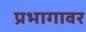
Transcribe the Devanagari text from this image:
प्रभागावर